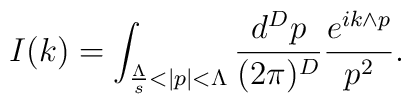
I(k)=\int_{\frac{\Lambda}{s}<|p|<\Lambda}\frac{d^Dp}{(2\pi)^D}\frac{e^{ik\wedge p}}{p^2}.